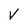
Character: V